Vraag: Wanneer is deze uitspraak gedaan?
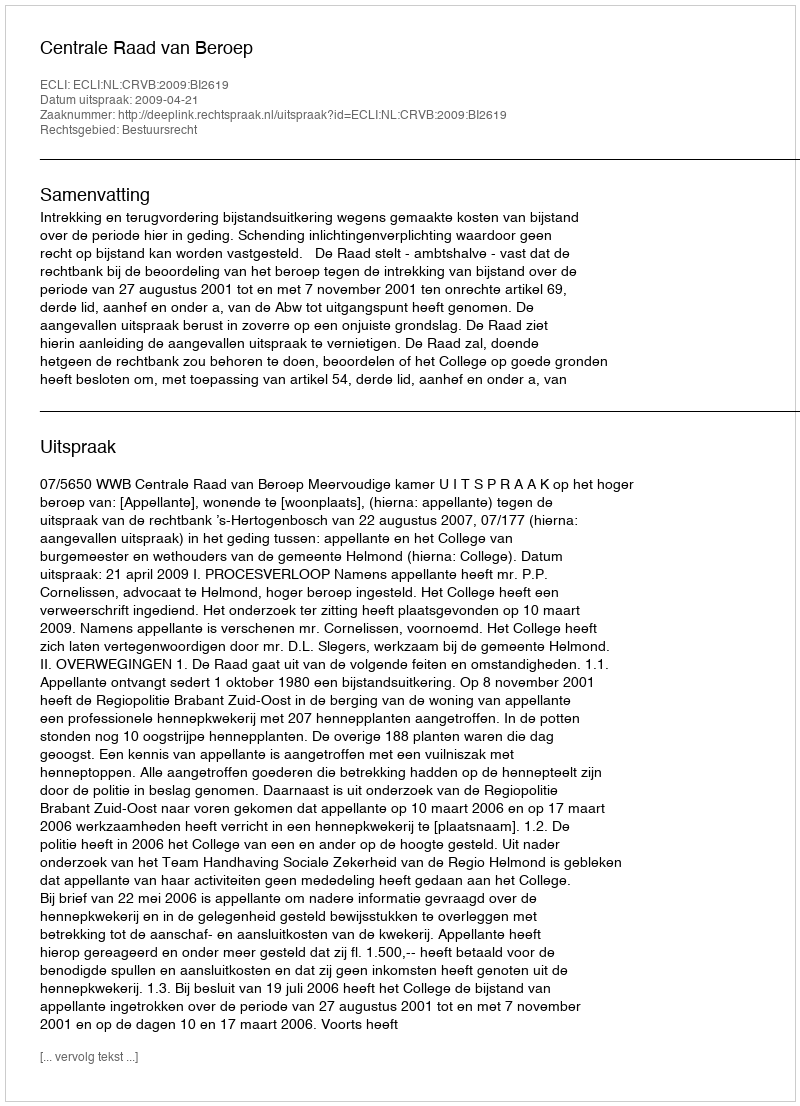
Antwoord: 2009-04-21